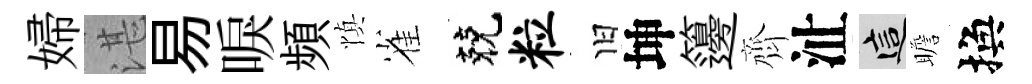
婦湛易唳頻慎雀兢粒旧坤籩齊沚這瞻換